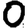
Digit: 0